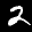
Label: 2